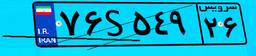
۶۳S۹۴۹۸۳